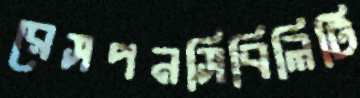
রেসপনসিবিলিটি